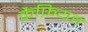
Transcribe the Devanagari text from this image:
क़ैफ़ियत